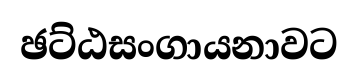
ඡට්ඨසංගායනාවට